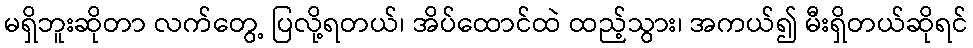
မရှိဘူးဆိုတာ လက်တွေ့ ပြလို့ရတယ်၊ အိပ်ထောင်ထဲ ထည့်သွား၊ အကယ်၍ မီးရှိတယ်ဆိုရင်